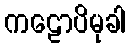
ကဠောပိမုခါ